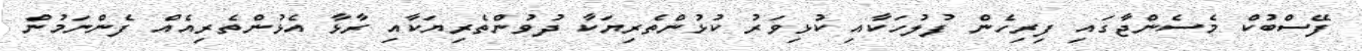
ފޭސްބުކް މެސެންޖާގައި ފިރިހެން ފުލުހަކާއި ކުޅިވަރު ކުޅުންތެރިޔަކާ ދުވުންތެރިޔަކާއި ރާޅާ އެޅުންތެރިއެއް ފެންނަމުން